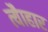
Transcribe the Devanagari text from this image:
त्यैाहार